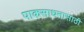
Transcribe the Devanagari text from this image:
पाकसाधनासाठी